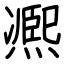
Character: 凞